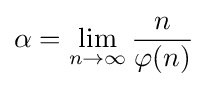
\alpha =\lim _{n\to \infty }{\frac {n}{\varphi (n)}}